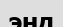
энд